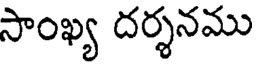
సాంఖ్య దర్శనము